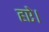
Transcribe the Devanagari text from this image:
हऐ।